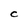
Character: C